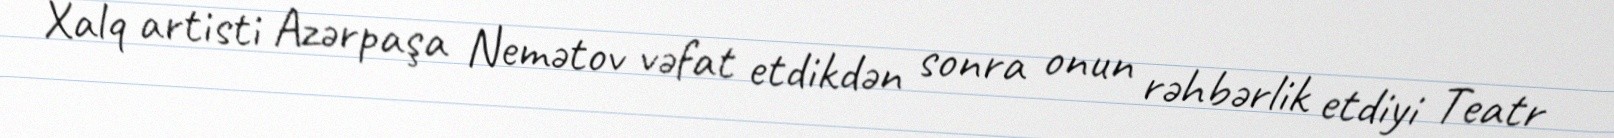
Xalq artisti Azərpaşa Nemətov vəfat etdikdən sonra onun rəhbərlik etdiyi Teatr